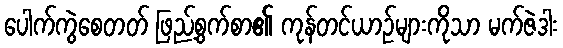
ပေါက်ကွဲစေတတ် ဖြည့်စွက်စာ၏ ကုန်တင်ယာဉ်များကိုသာ မက်ဇဲဒါး